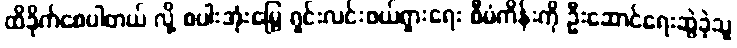
ထိခိုက်စေပါတယ် လို့ စပါးအုံးမြွေ ရှင်းလင်းဖယ်ရှားရေး စီမံကိန်းကို ဦးဆောင်ရေးဆွဲခဲ့သူ